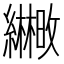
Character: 𫄒